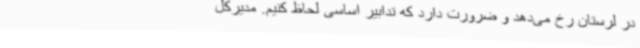
در لرستان رخ می‌دهد و ضرورت دارد که تدابیر اساسی لحاظ کنیم. مدیرکل